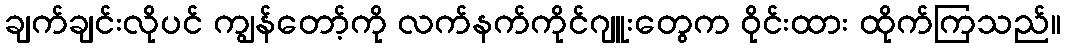
ချက်ချင်းလိုပင် ကျွန်တော့်ကို လက်နက်ကိုင်ဂျူးတွေက ဝိုင်းထား ထိုက်ကြသည်။